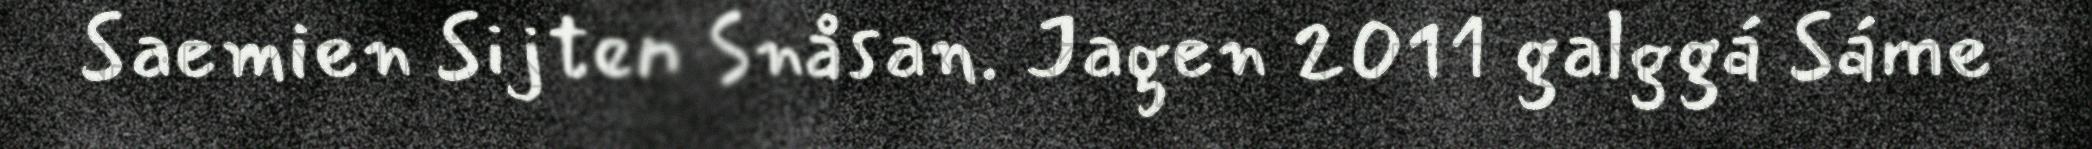
Saemien Sijten Snåsan. Jagen 2011 galggá Sáme